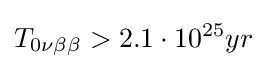
T_{0\nu \beta \beta }>2.1\cdot 10^{25}yr